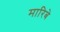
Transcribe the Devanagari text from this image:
मारिबे